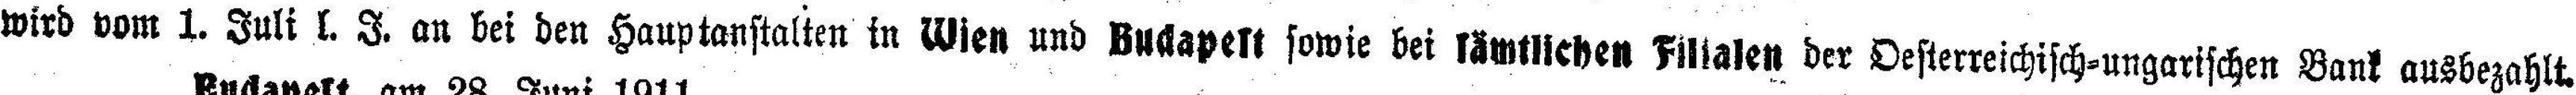
wird vom 1. Juli l. I. an bei den Hauptanstalten in Wien und Budapest sowie bei sämtlichen Filialen der Oesterreichisch-ungarischen Bank ausbezahlt.